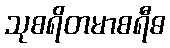
သုစရိတမာစရီဓ